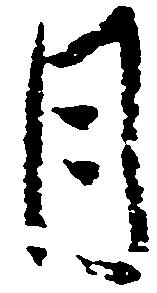
月